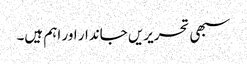
سبھی تحریریں جاندار اور اہم ہیں۔